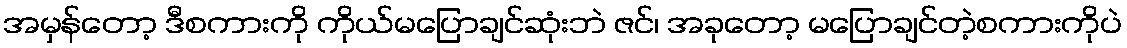
အမှန်တော့ ဒီစကားကို ကိုယ်မပြောချင်ဆုံးဘဲ ဇင်၊ အခုတော့ မပြောချင်တဲ့စကားကိုပဲ